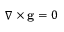
\nabla \times \mathbf { g } = 0